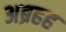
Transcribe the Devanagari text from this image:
अब्रहह